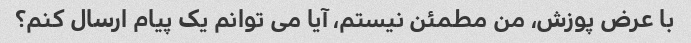
با عرض پوزش، من مطمئن نیستم، آیا می توانم یک پیام ارسال کنم؟